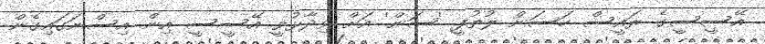
އޭސީސީގެ ރައީސް ހަސަން ލުތުފީ 'ސަން' އަށް ވިދާޅުވީ އޭސީސީ އިން އިސްނަގައިގެން